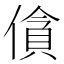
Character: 僋